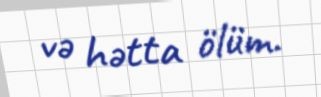
və hətta ölüm.